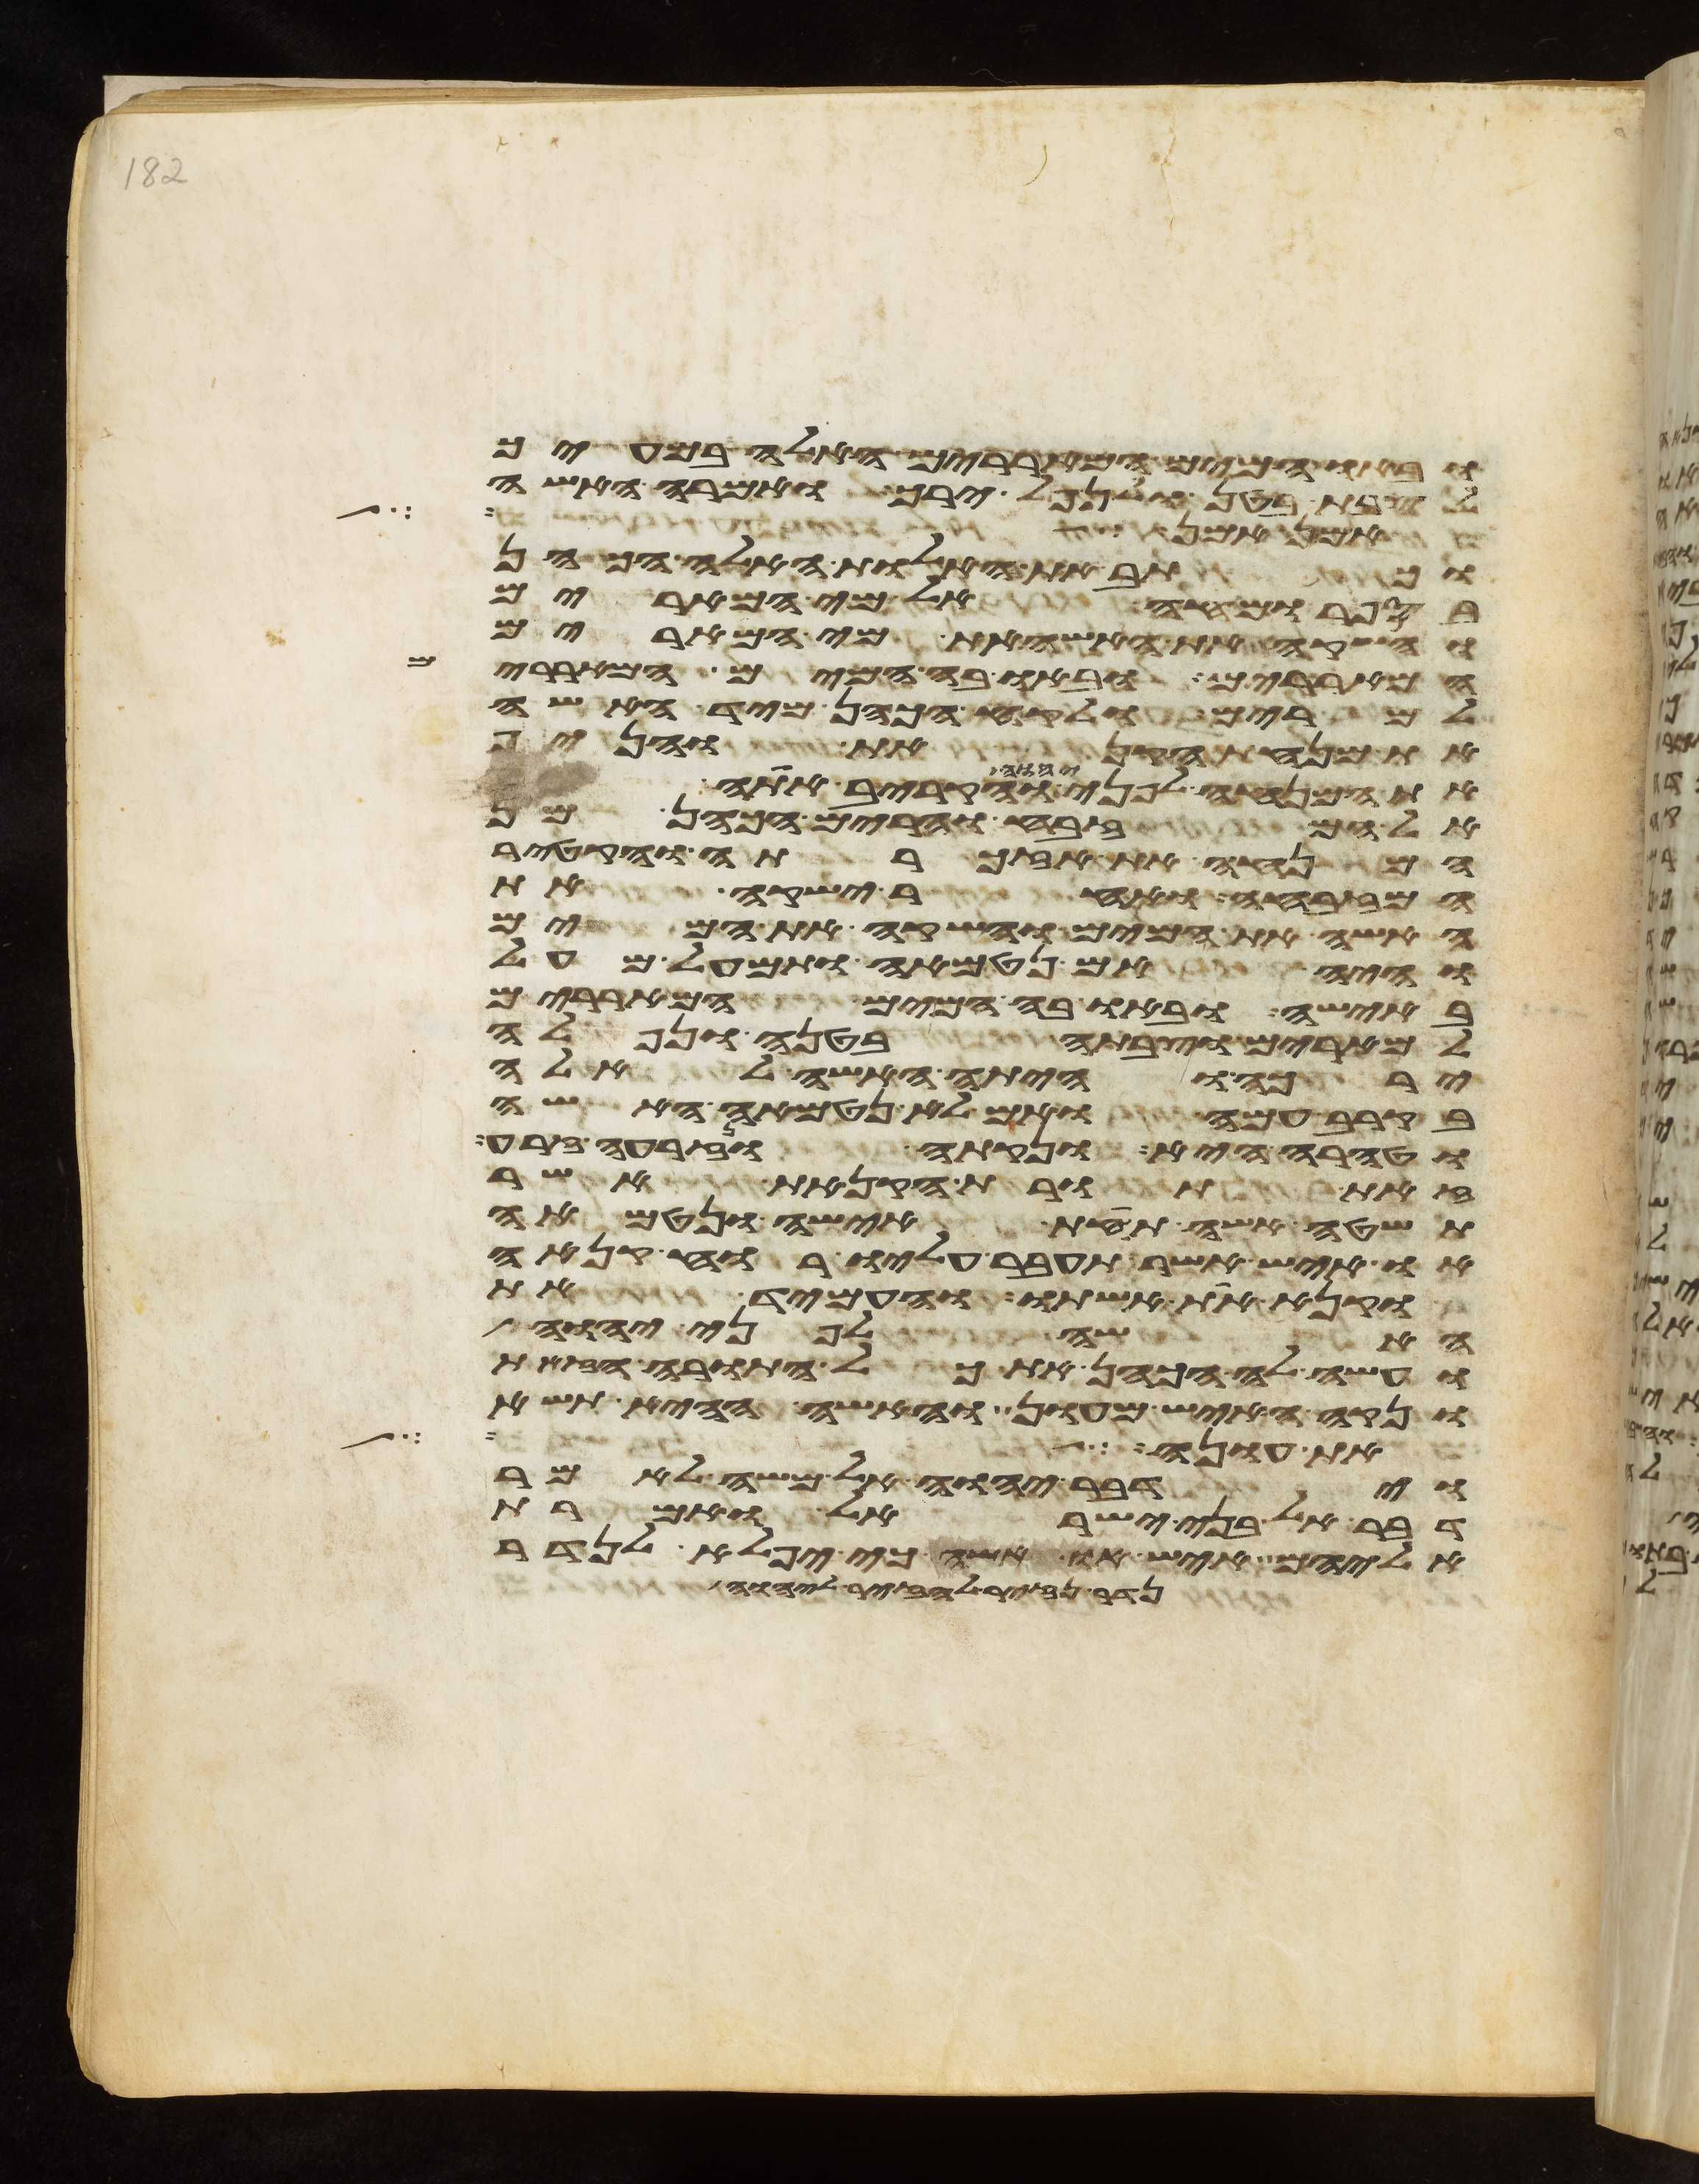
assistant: ובאו המים המאררים האלה במעיך
לצבת בטן ולנפל ירך ואמרה האשה
אף אני בחלמי והנה שלשה
וכתב את האלות האלה הכהן
בספר ומחה אל מי המרים
והשקה את האשה את מי המרים
המאררים ובאו בה המים המאררים
למרים ולקח הכהן מיד האשה
את מנחת הקנאת והניף
את המנחה לפני יהוה והקריב אתה
אל המזבח והרים הכהן מן
המנחה את אזכרתה והקטיר
המזבחה ואחר ישקה את
האשה את המים והשקה את המים
והיה אם נטמאה ותמעל מעל
באישה ובאו בה המים המאררים
למרים וצבתה בטנה ונפלה
ירכה והיתה האשה לאלה
בקרב עמה ואם לא נטמאה האשה
וטהרה היא ונקתה ונזרעה זרע
זאת תורת הקנאת אשר
תשטה אשה תחת אישה ונטמאה
או איש אשר תעבר עליו רוח קנאה
וקנא את אשתו והעמיד את
האשה לפני יהוה
ועשה לה הכהן את כל התורה הזאת
ונקה האיש מעון והאשה ההיא תשא
בת ענה אשת עשו
וידבר יהוה אל משה לאמר
דבר אל בני ישראל ואמרת
אליהם איש או אשה כי יפלא לנדר
יהוה ויהי ככלותו